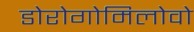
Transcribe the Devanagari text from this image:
डोरोगोमिलोवो